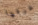
عرفها